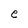
Character: e